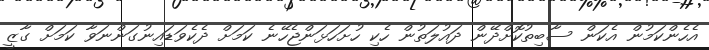
އެހެންކަމުން އެކަން ސާބިތުކޮށްދޭން ދައުލަތުން ހެކި ހުށަހަޅަންޖެހޭނެ ކަމަށް ދެކެވަޑައިނުގަންނަވާ ކަމަށް ގާޒީ